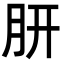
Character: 𭨩